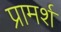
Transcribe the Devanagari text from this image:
प्रामर्श